Vaccination in the Punjab 1883-1896 - 1883-1896
Year: 1883
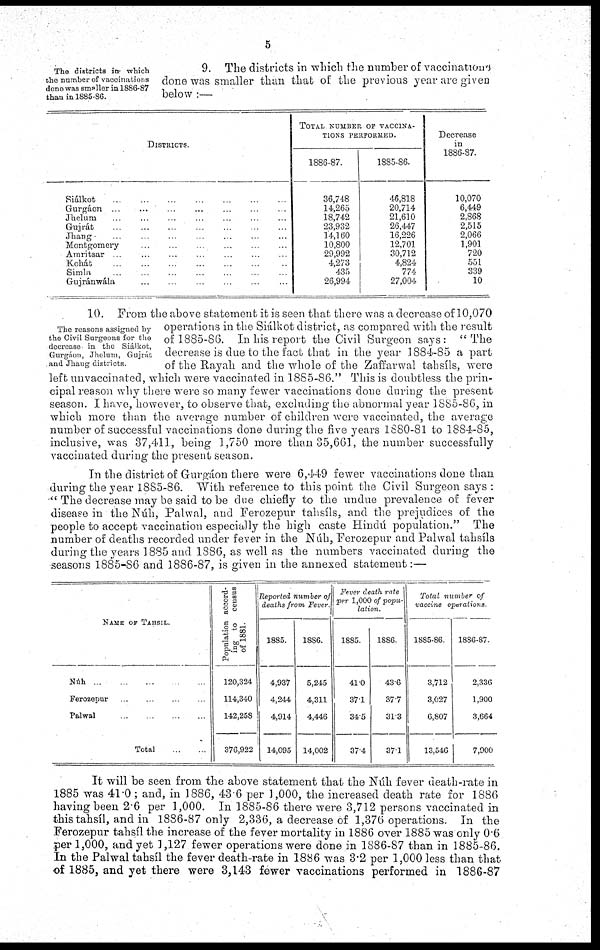
5
The districts in which
the number of vaccinations
done was smaller in 1886-87
than in 1885-86.
9. The districts in which the number of vaccinations
done was smaller than that of the previous year are given
below :—
DISTRICTS.
Siálkot ... ... ... ... ... ... ...
Gurgáon ... ... ... ... ... ... ...
Jhelum ... ... ... ... ... ... ...
Gujrát ... ... ... ... ... ... ...
Jhang ... ... ... ... ... ... ...
Montgomery ... ... ... ... ... ...
Amritsar ... ... ... ... ... ...
Kohát ... ... ... ... ... ... ...
Simla ... ... ... ... ... ... ...
Gujránwála ... ... ... ... ... ...
TOTAL NUMBER OF VACCINA-
TIONS PERFORMED.
1886-87.
36,748
14,265
18,742
23,932
14,160
10,800
29,992
4,273
435
26,994
1885-86.
46,818
20,714
21,610
26,447
16,226
12,701
30,712
4,824
774
27,004
Decrease
in
1886-87.
10,070
6,449
2,868
2,515
2,066
1,901
720
551
339
10
The reasons assigned by
the Civil Surgeons for the
decrease in the Siálkot,
Gurgáon, Jhelum, Gujrát
and Jhang districts.
10. From the above statement it is seen that there was a decrease of 10,070
operations in the Siálkot district, as compared with the result
of 1885-86. In his report the Civil Surgeon says: "The
decrease is due to the fact that in the year 1884-85 a part
of the Rayah and the whole of the Zaffarwal tahsíls, were
left unvaccinated, which were vaccinated in 1885-86." This is doubtless the prin-
cipal reason why there were so many fewer vaccinations done during the present
season. I have, however, to observe that, excluding the abnormal year 1885-86, in
which more than the average number of children were vaccinated, the average
number of successful vaccinations done during the five years 1880-81 to 1884-85,
inclusive, was 37,411, being 1,750 more than 35,661, the number successfully
vaccinated during the present season.
In the district of Gurgáon there were 6,449 fewer vaccinations done than
during the year 1885-86. With reference to this point the Civil Surgeon says :
" The decrease may be said to be due chiefly to the undue prevalence of fever
disease in the Núh, Palwal, and Ferozepur tahsíls, and the prejudices of the
people to accept vaccination especially the high caste Hindú population." The
number of deaths recorded under fever in the Núh, Ferozepur and Palwal tahsíls
during the years 1885 and 1886, as well as the numbers vaccinated during the
seasons 1885-86 and 1886-87, is given in the annexed statement:—
NAME OF TAHSIL.
Núh
...
...
...
...
...
Ferozepur ... ... ... ...
Palwal
...
...
...
...
Total
...
...
Population accord-
ing to census
of 1881.
120,324
114,340
142,258
376,922
Reported numher of
deaths from Fever.
1885.
4,937
4,244
4,914
14,095
1886.
5,245
4,311
4,446
14,002
Fever death rate
per 1,000 of popu-
lation.
1885.
41.0
37.1
34.5
37.4
18S6.
43.6
37.7
31.3
37.1
Total number of
vaccine operations.
1885-86.
3,712
3,027
6,807
13,540
1886-87.
2,336
1,900
3,664
7,900
It will be seen from the above statement that the Núh fever death-rate in
1885 was 41.0; and, in 1886, 43.6 per 1,000, the increased death rate for 1886
having been 2.6 per 1,000. In 1885-86 there were 3,712 persons vaccinated in
this tahsíl, and in 1886-87 only 2,336, a decrease of 1,376 operations. In the
Ferozepur tahsíl the increase of the fever mortality in 1886 over 1885 was only 0.6
per 1,000, and yet 1,127 fewer operations were done in 1886-87 than in 1885-86.
In the Palwal tahsíl the fever death-rate in 1886 was 3.2 per 1,000 less than that
of 1885, and yet there were 3,143 fewer vaccinations performed in 1886-87